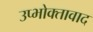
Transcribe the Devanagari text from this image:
उप्भोक्तावाद